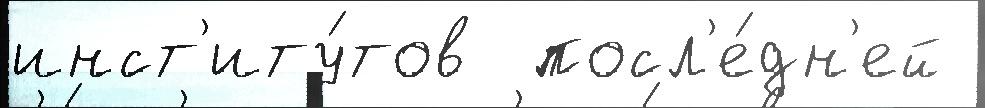
инст'иту́тов  посл'е́дн'ей